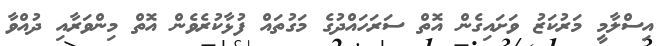
އިސްލާމީ މަރުކަޒު ވަށައިގެން އޮތް ސަރަހައްދުގެ މަގުތައް ފުޅާކުރެވެން އޮތް މިންވަރާއި ދުއްވާ